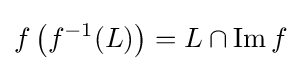
f\left(f^{-1}(L)\right)=L\cap \operatorname {Im} f